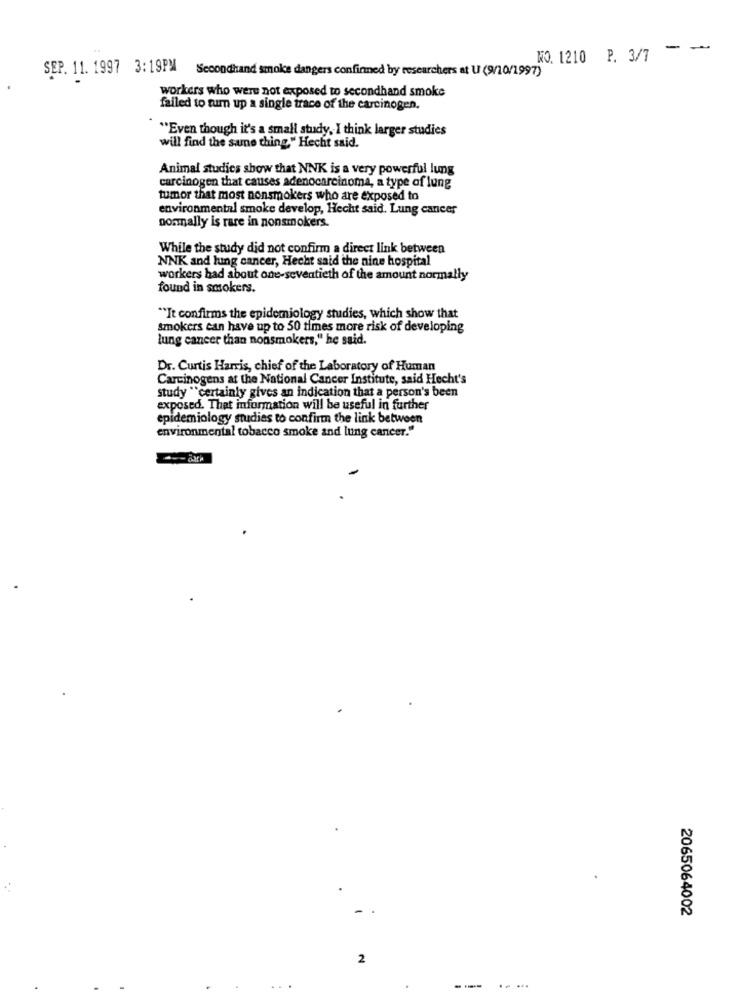
-
-
NO. 1210 P. 3/7
SEP. 11. 1997 3:19PM Secondhand smoke dangers confirmed by researchers at U (9/10/1997)
workers who were not exposed to secondhand smoke
failed to tum up a single trace of the carcinogen.
"Even though it's a small study, I think larger studies
will find the same thing" Hecht said.
Animal studies show that NNK is a very powerful lung
carcinogen that causes adenocarcinoma, a type of lung
tumor that most nonsmokers who are exposed to
environmental smoke develop, Hecht said. Lung cancer
normally is rare in nonsmokers.
While the study did not confirm a direct link between
NNK and lung cancer, Hecht said the nine hospital
workers had about one-seventieth of the amount normally
found in smokers.
"It confirms the epidemiology studies, which show that
smokers can have up to 50 times more risk of developing
lung cancer than nonsmokers," he said.
Dr. Curtis Harris, chief of the Laboratory of Human
Carcinogens at the National Cancer Institute, said Hecht's
study "certainly gives an indication that a person's been
exposed. That information will be useful in further
epidemiology studies to confirm the link between
environmental tobacco smoke and lung cancer."
2065064002
2
.....